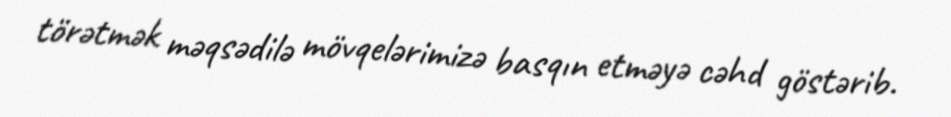
törətmək məqsədilə mövqelərimizə basqın etməyə cəhd göstərib.